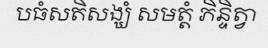
បធំសតិសង្ឃំ សមត្តំ ភិន្ទិត្វា